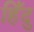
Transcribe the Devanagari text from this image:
हिँदु